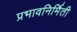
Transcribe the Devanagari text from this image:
प्रभावनिर्मिती